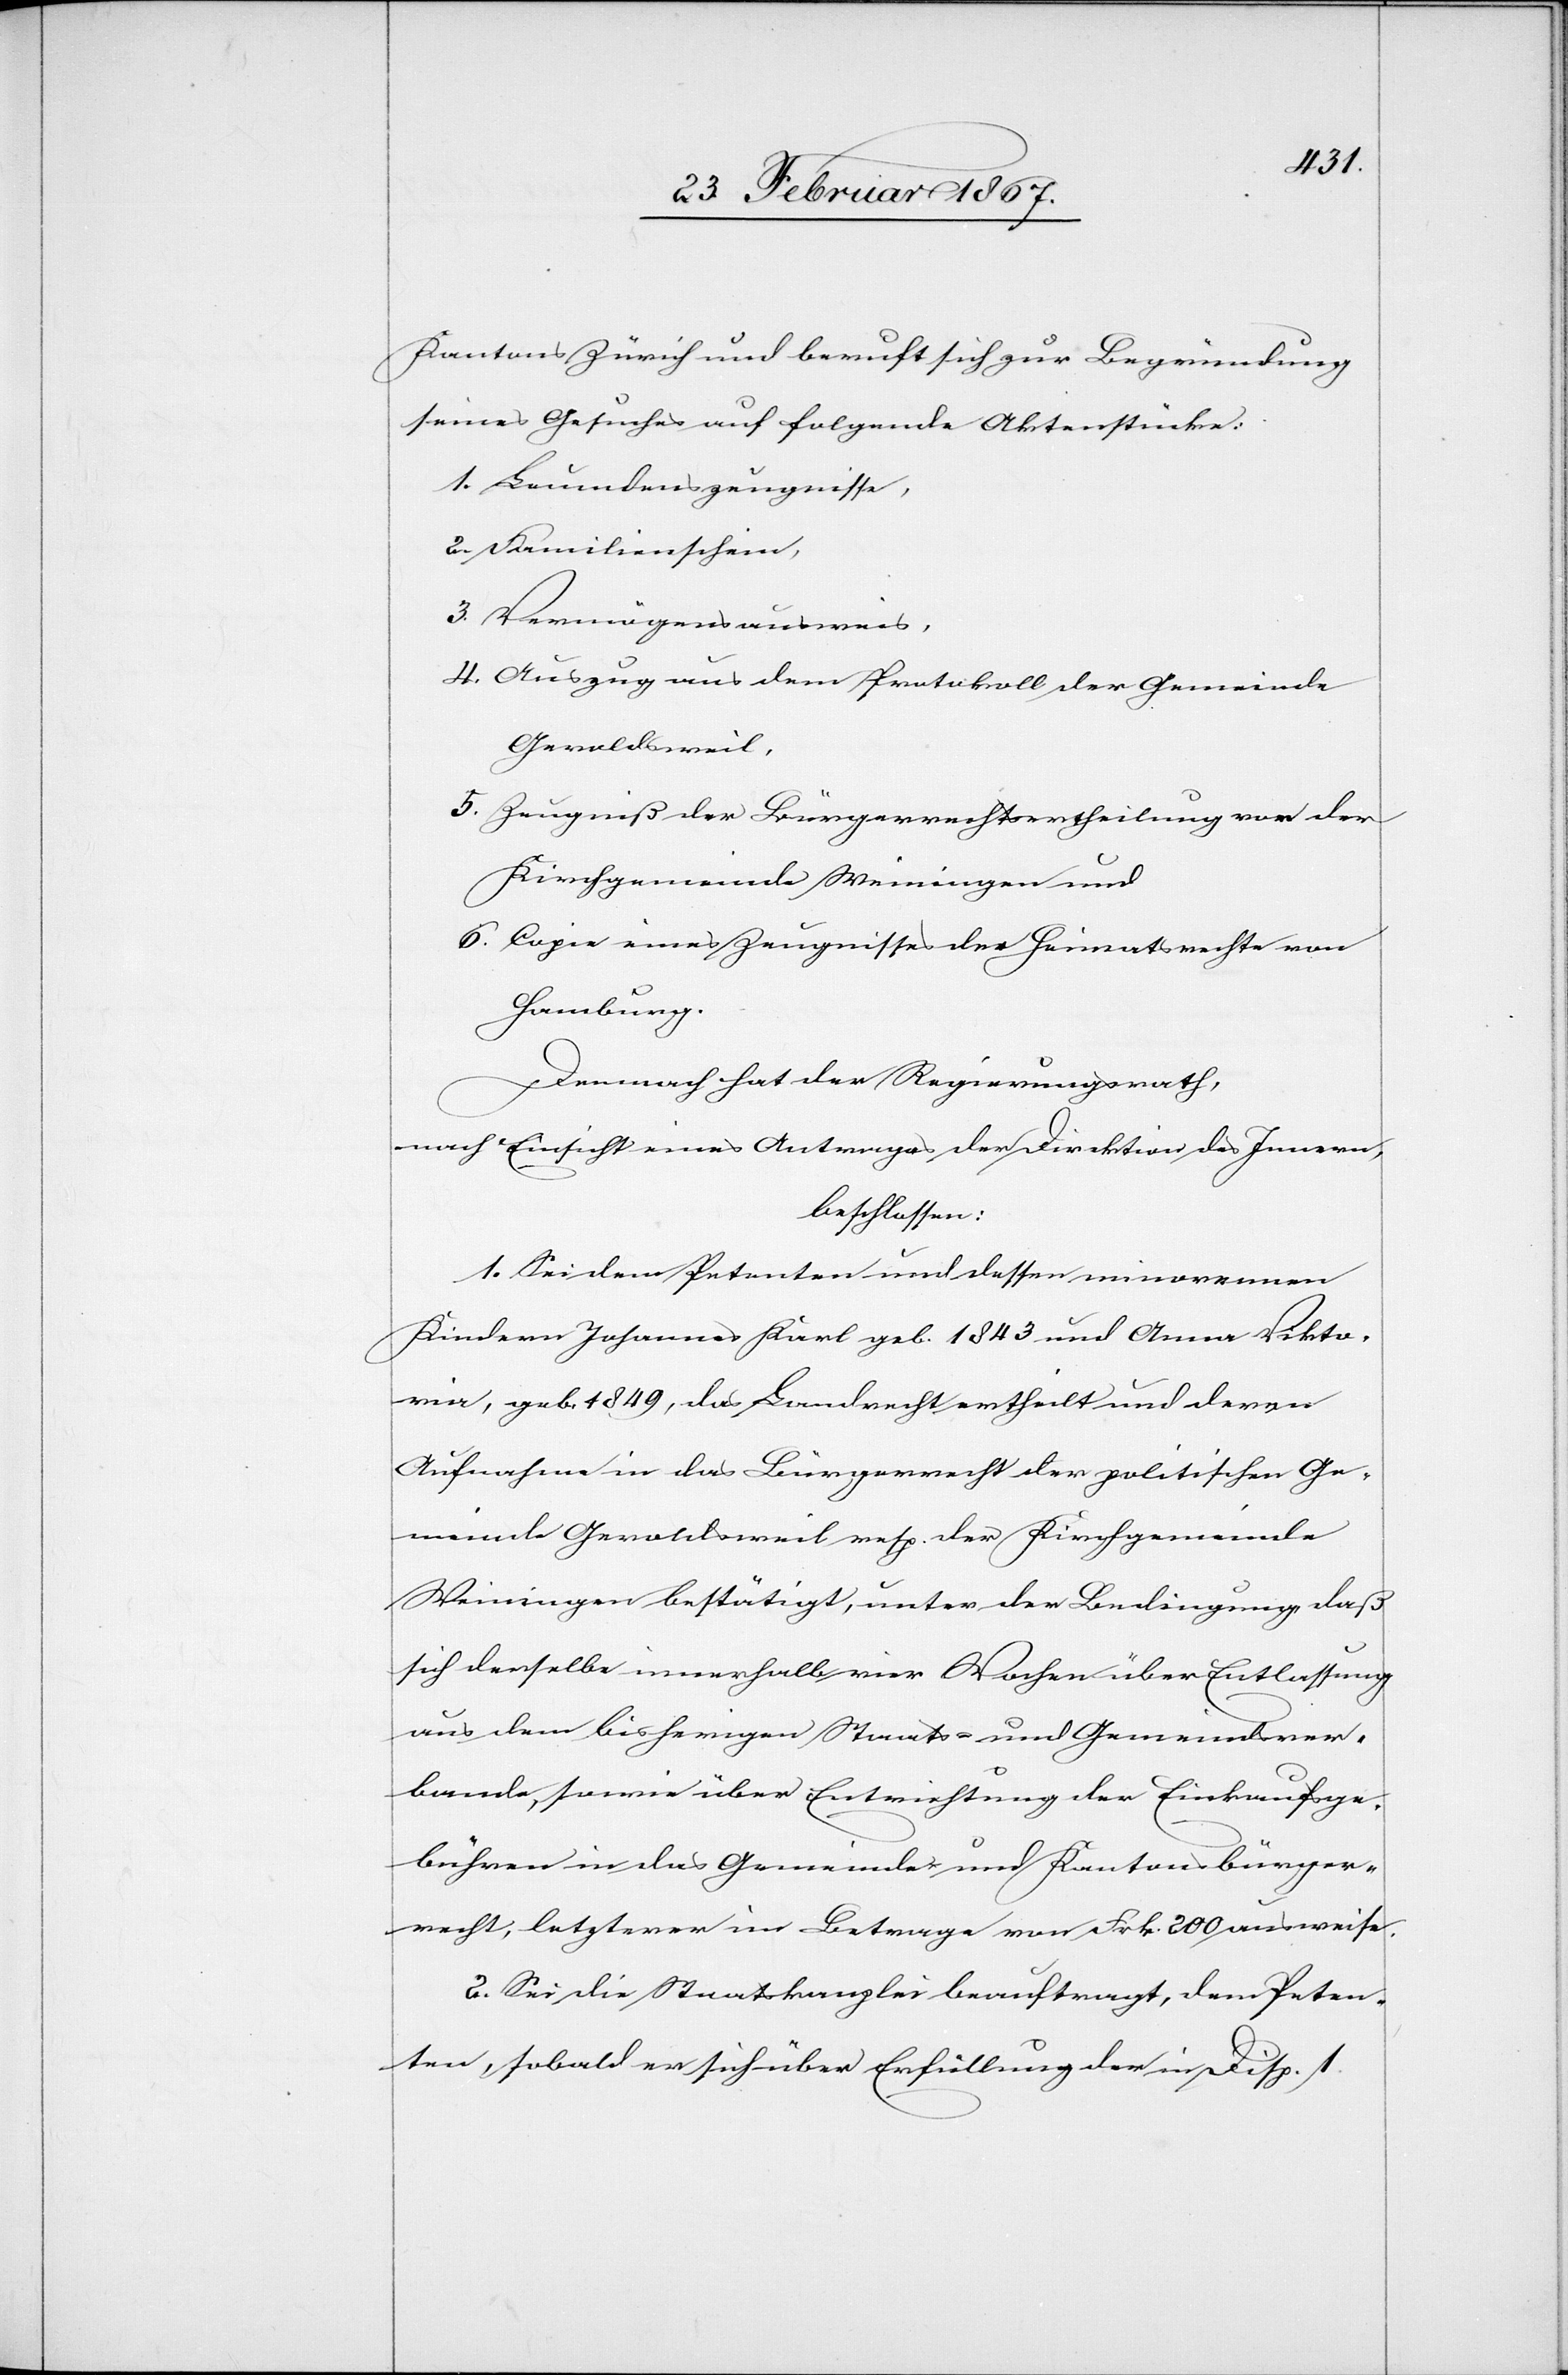
Kantons Zürich und beruft sich zur Begründung
seines Gesuches auf folgende Aktenstücke:
1. Leumdenszeugnisse,
2. Familienschein,
3. Vermögensausweis,
4. Auszug aus dem Protokoll der Gemeinde
Geroldsweil,
5. Zeugniß der Bürgerrechtsertheilung von der
Kirchgemeinde Weiningen und
6. Copie eines Zeugnisses der Heimatsrechte von
Hamburg.
Demnach hat der Regierungsrath,
nach Einsicht eines Antrages der Direktion des Innern,
beschlossen:
1. Sei dem Petenten und dessen minorennen
Kindern Johannes Karl geb. 1843 und Anna Vikto¬
ria, geb. 1849, das Landrecht ertheilt und deren
Aufnahme in das Bürgerrecht der politischen Ge¬
meinde Geroldsweil resp. der Kirchgemeinde
Weiningen bestätigt, unter der Bedingung daß
sich derselbe innerhalb vier Wochen über Entlassung
aus dem bisherigen Staats- und Gemeindever¬
bande, sowie über Entrichtung der Einkaufsge¬
bühren in das Gemeinde- und Kantonsbürger¬
recht, letzterer im Betrage von Frk. 200 ausweise.
2. Sei die Staatskanzlei beauftragt, dem Peten¬
ten, sobald er sich über Erfüllung der in Disp. 1